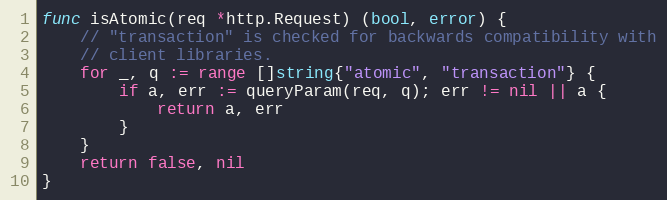
Language: Go
func isAtomic(req *http.Request) (bool, error) {
	// "transaction" is checked for backwards compatibility with
	// client libraries.
	for _, q := range []string{"atomic", "transaction"} {
		if a, err := queryParam(req, q); err != nil || a {
			return a, err
		}
	}
	return false, nil
}